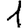
Digit: 1